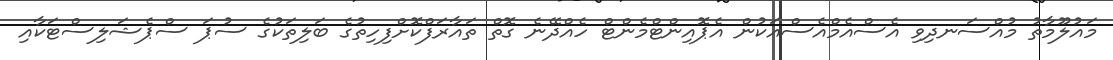
މައުލޫމާތު މުއްސަނދިވި އެސްއެމްއެސްއަކުން އެޕޮއިންޓްމެންޓް ހެއްދޭނެ ގޮތް ތައާރަފްކޮށްފިހިތުގެ ބަލިތަކުގެ ސުޕަ ސްޕެޝަލިސްޓަކާއި